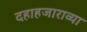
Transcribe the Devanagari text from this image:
दहाहजाराव्या